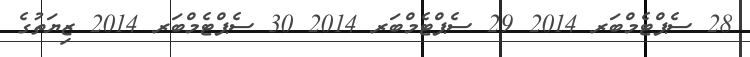
28 ސެޕްޓެމްބަރ 2014 29 ސެޕްޓެމްބަރ 2014 30 ސެޕްޓެމްބަރ 2014 ޒިޔަތުގެ